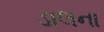
ડાલના